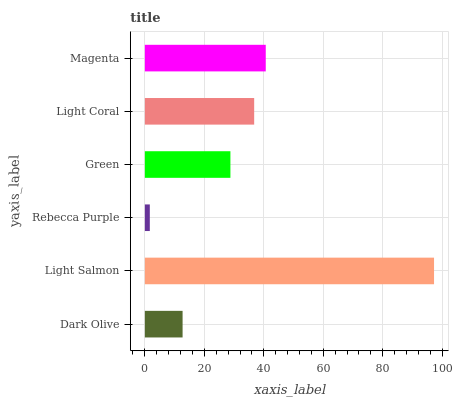
| yaxis_label | bars |
 | --- | --- |
 | Dark Olive | 12.7 |
 | Light Salmon | 97.3 |
 | Rebecca Purple | 1.67 |
 | Green | 28.8 |
 | Light Coral | 36.8 |
 | Magenta | 40.7 |